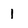
Character: 1